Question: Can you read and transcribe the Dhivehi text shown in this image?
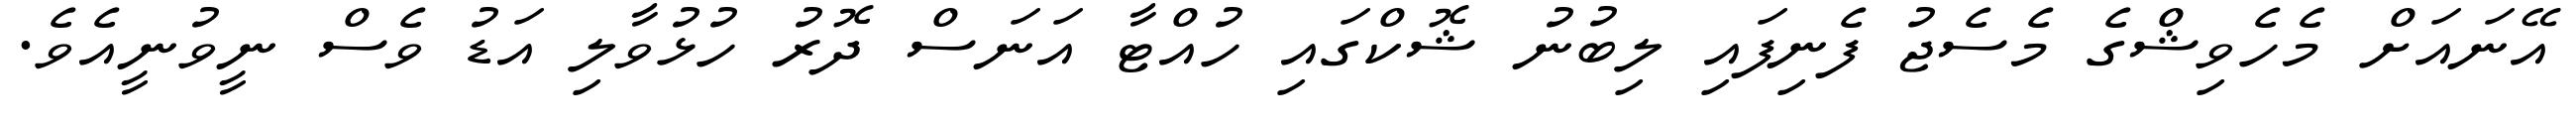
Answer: އޭނައަށް މެހެވިޝްގެ މެސެޖު ފެނިފައި ލިބުނު ޝޮކްގައި ހުއްޓާ އަނަސް ދޮރު ހުޅުވާލި އަޑު ވެސް ނީވުނީއެވެ.